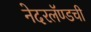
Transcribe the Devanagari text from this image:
नेदरलॅण्डची